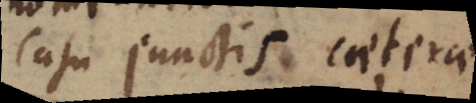
casu junctis caeterae